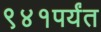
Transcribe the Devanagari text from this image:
९४१पर्यंत